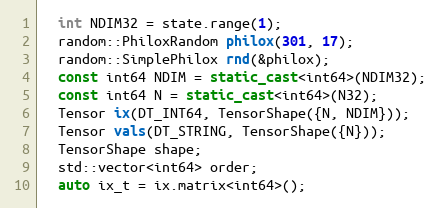
Language: C++
  int NDIM32 = state.range(1);
  random::PhiloxRandom philox(301, 17);
  random::SimplePhilox rnd(&philox);
  const int64 NDIM = static_cast<int64>(NDIM32);
  const int64 N = static_cast<int64>(N32);
  Tensor ix(DT_INT64, TensorShape({N, NDIM}));
  Tensor vals(DT_STRING, TensorShape({N}));
  TensorShape shape;
  std::vector<int64> order;
  auto ix_t = ix.matrix<int64>();